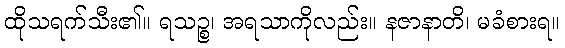
ထိုသရက်သီး၏။ ရသဉ္စ၊ အရသာကိုလည်း။ နဇာနာတိ၊ မခံစားရ။